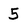
Character: 5